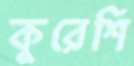
কুরেশি